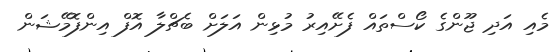
މެއި އަދި ޖޫންގެ ކޯސްތައް ފެށޭއިރު މުޅިން އަލަށް ބެޗްލާ އޮފް އިންފޮމޭޝަން